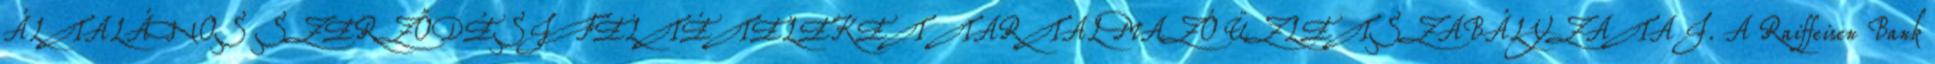
ÁLTALÁNOS SZERZŐDÉSI FELTÉTELEKET TARTALMAZÓ ÜZLETSZABÁLYZATA I. A Raiffeisen Bank